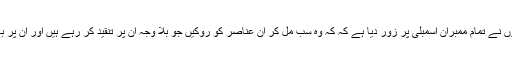
بدھ کو اپنے ایک بیان میں اُنہوں نے تمام ممبران اسمبلی پر زور دیا ہے کہ کہ وہ سب مل کر اُن عناصر کو روکیں جو بلا وجہ اُن پر تنقید کر رہے ہیں اور اُن پر بے بنیاد الزامات لگا رہے ہیں ۔